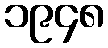
၁၉၄၈